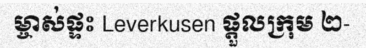
ម្ចាស់ផ្ទះ Leverkusen ផ្តួលក្រុម ២-